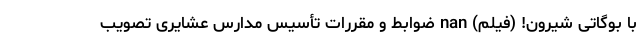
با بوگاتی شیرون! (فیلم) nan ضوابط و مقررات تأسیس مدارس عشایری تصویب